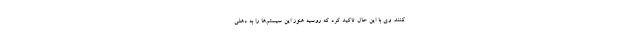
کنند. وی با این حال تاکید کرد که روسیه هنوز این سیستم‌ها را به دهلی